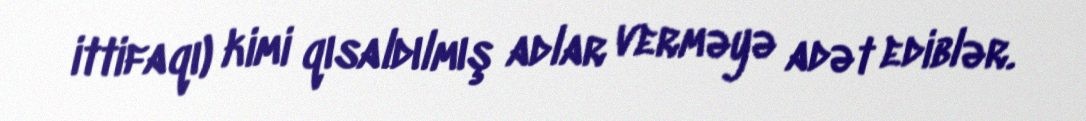
ittifaqı) kimi qısaldılmış adlar verməyə adət ediblər.